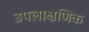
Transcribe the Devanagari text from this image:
उपलाक्षणिक